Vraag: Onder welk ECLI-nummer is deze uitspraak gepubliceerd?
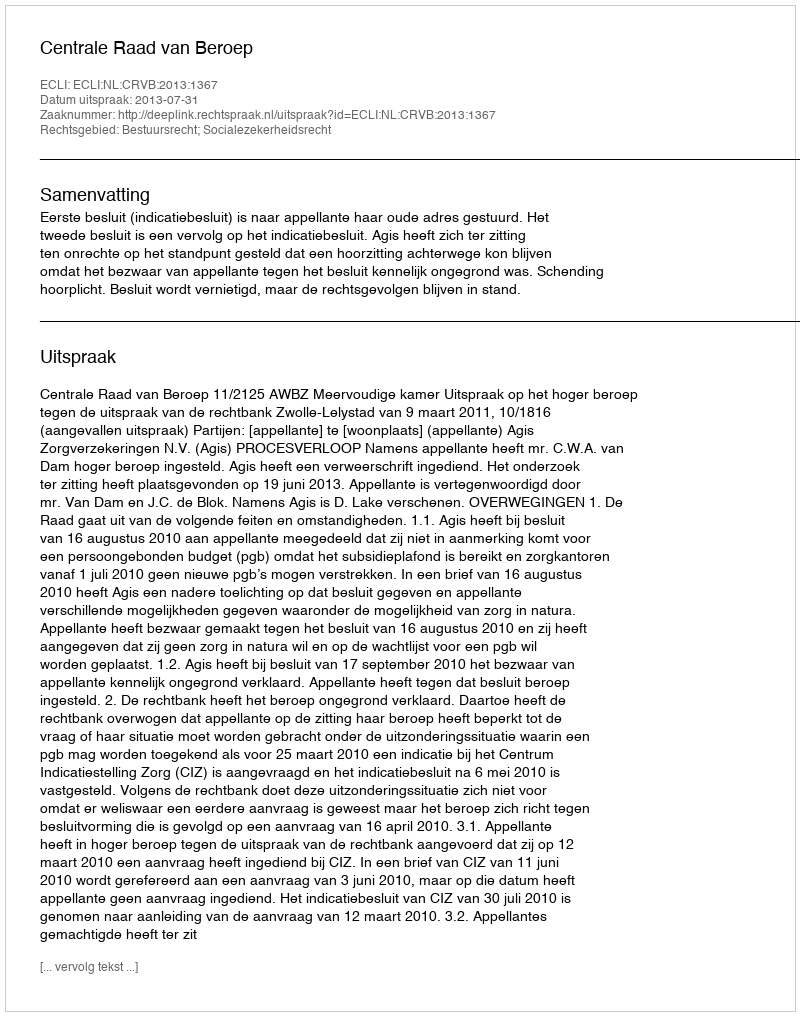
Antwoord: ECLI:NL:CRVB:2013:1367